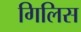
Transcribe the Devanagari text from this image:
गिलिस